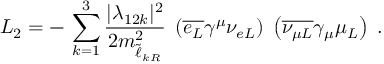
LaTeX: { \cal L } _ { 2 } = - \, \sum _ { k = 1 } ^ { 3 } \frac { | \lambda _ { 1 2 k } | ^ { 2 } } { 2 m _ { \tilde { \ell } _ { k R } } ^ { 2 } } \; \left( \overline { { { e _ { L } } } } \gamma ^ { \mu } \nu _ { e L } \right) \; \left( \overline { { { \nu _ { \mu L } } } } \gamma _ { \mu } \mu _ { L } \right) \; .